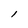
Character: l